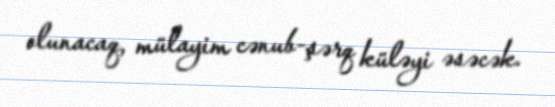
olunacaq, mülayim cənub-şərq küləyi əsəcək.